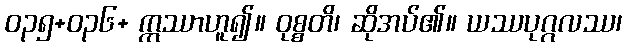
ဝ၃၅+၀၃၆+ ဣဿာဟူ၍။ ဝုစ္စတိ၊ ဆိုအပ်၏။ ယဿပုဂ္ဂလဿ၊